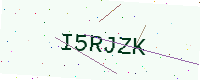
Text: I5RJZK